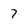
Character: 7